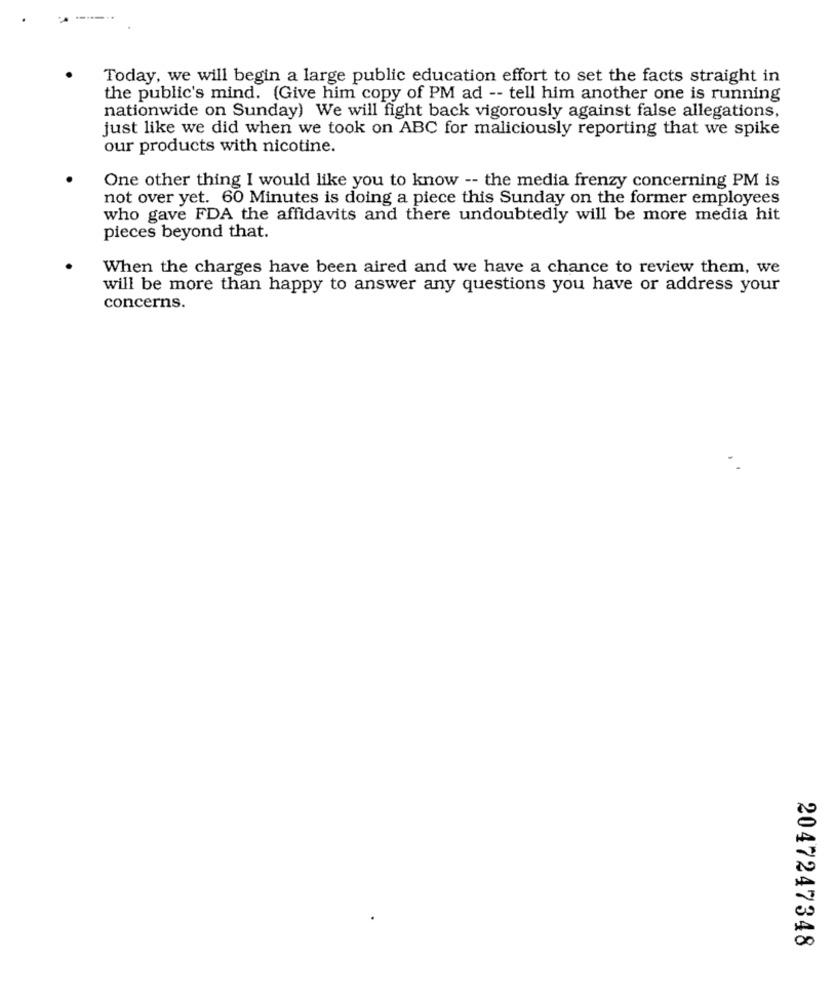
Today, we will begin a large public education effort to set the facts straight in
the public's mind. (Give him copy of PM ad -- tell him another one is running
nationwide on Sunday) We will fight back vigorously against false allegations,
just like we did when we took on ABC for maliciously reporting that we spike
our products with nicotine.
One other thing I would like you to know -- the media frenzy concerning PM is
not over yet. 60 Minutes is doing a piece this Sunday on the former employees
who gave FDA the affidavits and there undoubtedly will be more media hit
pieces beyond that.
When the charges have been aired and we have a chance to review them, we
will be more than happy to answer any questions you have or address your
concerns.
2047247348